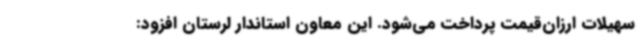
سهیلات ارزان‌قیمت پرداخت می‌شود. این معاون استاندار لرستان افزود: